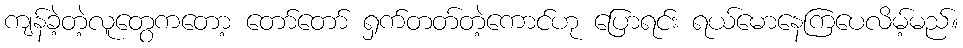
ကျန်ခဲ့တဲ့လူတွေကတော့ တော်တော် ရှက်တတ်တဲ့ကောင်ဟု ပြောရင်း ရယ်မောနေကြပေလိမ့်မည်။